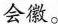
会徽。